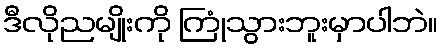
ဒီလိုညမျိုးကို ကြုံသွားဘူးမှာပါဘဲ။